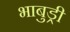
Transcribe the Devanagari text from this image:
भाबुड्री